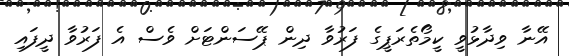
އޭނާ ވިދާޅުވީ ކީމޯތެރަޕީގެ ފަރުވާ ދިން ޕޭސަންޓަށް ވެސް އެ ފަރުވާ ދީފައި